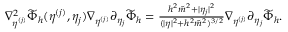
\begin{array} { r } { \nabla _ { \eta ^ { ( j ) } } ^ { 2 } \widetilde { \Phi } _ { h } ( \eta ^ { ( j ) } , \eta _ { j } ) \nabla _ { \eta ^ { ( j ) } } \partial _ { \eta _ { j } } \widetilde { \Phi } _ { h } = \frac { h ^ { 2 } \tilde { m } ^ { 2 } + | \eta _ { j } | ^ { 2 } } { ( \lvert \eta \rvert ^ { 2 } + h ^ { 2 } \tilde { m } ^ { 2 } ) ^ { 3 / 2 } } \nabla _ { \eta ^ { ( j ) } } \partial _ { \eta _ { j } } \widetilde { \Phi } _ { h } . } \end{array}